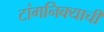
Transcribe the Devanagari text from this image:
टांगनिक्याची